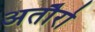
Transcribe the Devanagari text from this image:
अतौरो